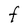
Character: F